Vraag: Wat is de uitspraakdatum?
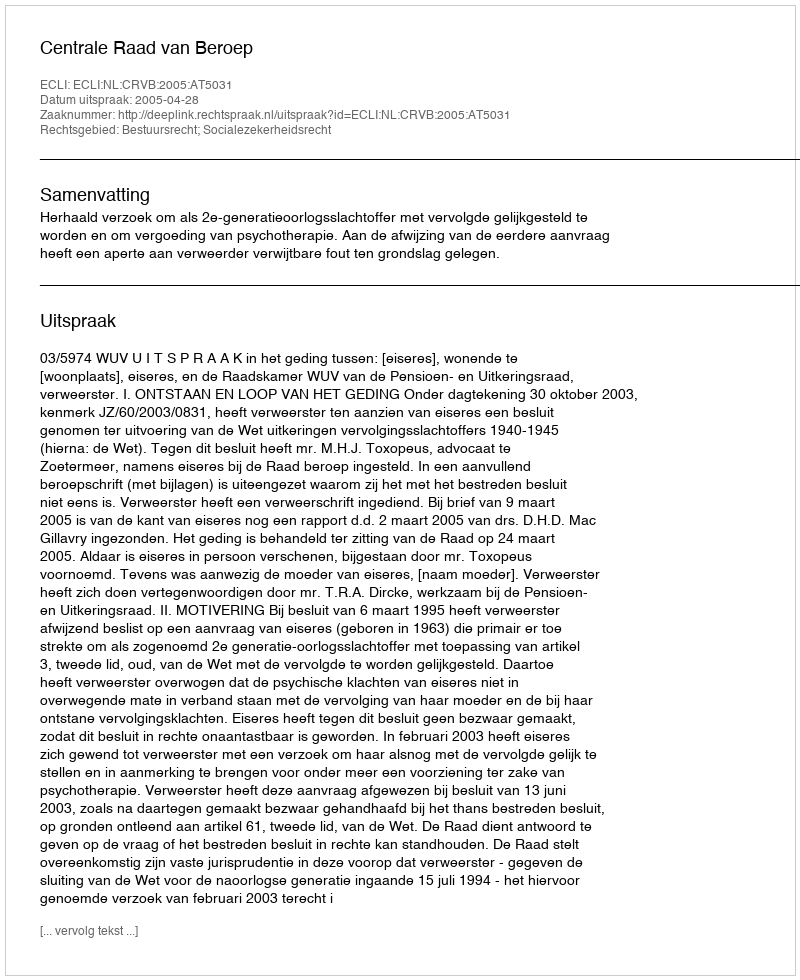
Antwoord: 2005-04-28